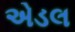
એડલ